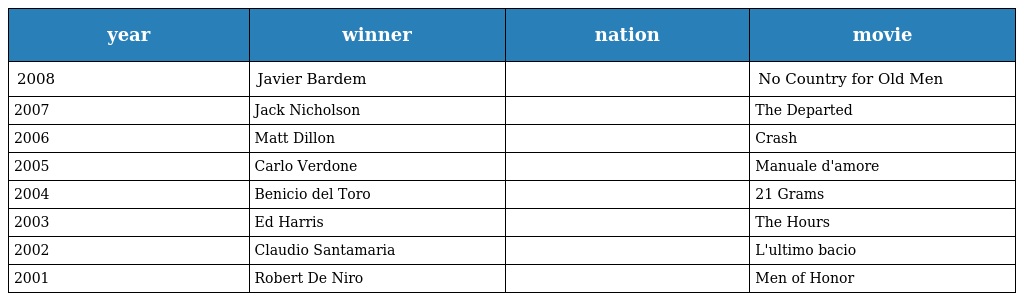
| year | winner | nation | movie |
 | --- | --- | --- | --- |
 | 2008 | Javier Bardem |  | No Country for Old Men |
 | 2007 | Jack Nicholson |  | The Departed |
 | 2006 | Matt Dillon |  | Crash |
 | 2005 | Carlo Verdone |  | Manuale d'amore |
 | 2004 | Benicio del Toro |  | 21 Grams |
 | 2003 | Ed Harris |  | The Hours |
 | 2002 | Claudio Santamaria |  | L'ultimo bacio |
 | 2001 | Robert De Niro |  | Men of Honor |